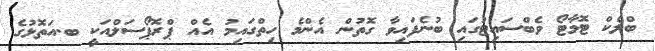
ބްލެކް ޓޮމާޓޯ ވެބްސައިޓުގައި ބުނެފައިވާ ގޮތުން އެންމެ ހިތްގައިމު އެއް ޕްރޮޕޯސަލްއަކީ ބ.އަތޮޅުގެ